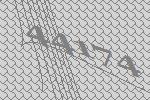
44174